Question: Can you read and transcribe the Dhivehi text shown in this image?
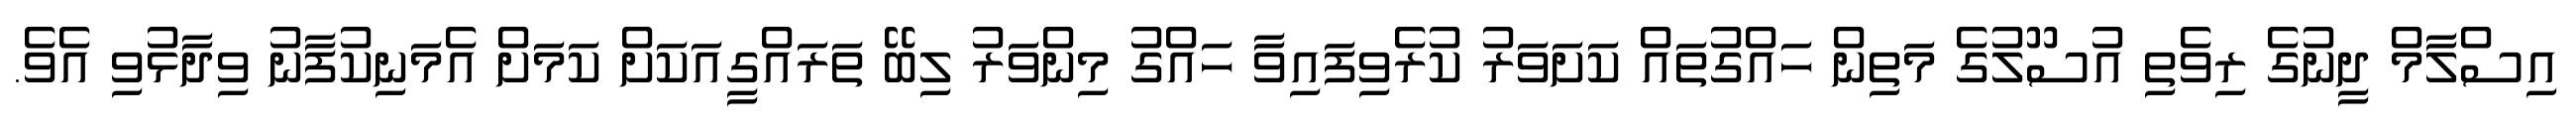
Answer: އިސްލާމް ދީނުގެ ރިވެތި އުސޫލުގެ މަތިން ހައްގުތައް ކަށަވަރު ކުރެވިފައިވާ ހައްގު މިންވަރު ލިބޭ ތަރައްގީއަކަށް ކަމަށް އެމަނިކުފާނު ވިދާޅުވި އެވެ.